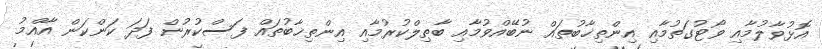
އޮޅުވާލުމާއި ވޯޓުގަތުމާއި އިންތިޚާބުތައް ނުބޭއްވުމާއި ބާޠިލްކުރުމާއި އިންތިޚާބުތައް ފަސްކުރުން ފަދަ ކަންކަން އާއްމު